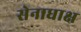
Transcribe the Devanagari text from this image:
सेनाधाक्ष